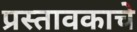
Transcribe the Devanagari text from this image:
प्रस्तावकाचे